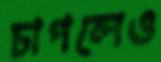
চাপলেও